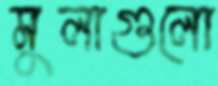
মুলাগুলো